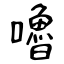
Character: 嚕